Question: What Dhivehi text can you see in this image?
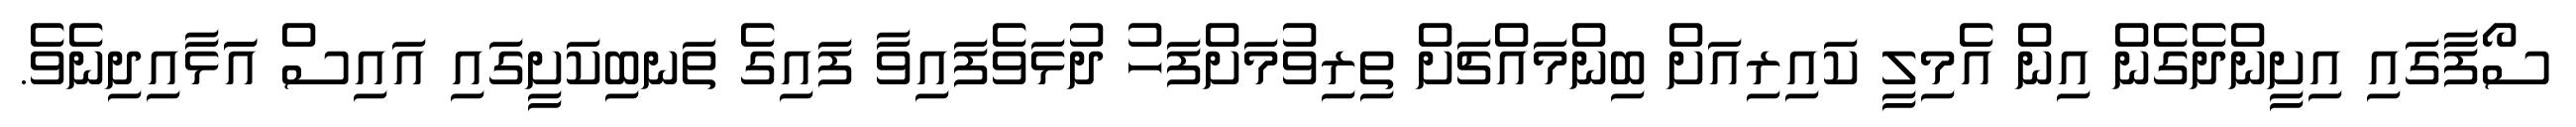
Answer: ސޯފާގައި އިށީންދެގެން އިން އެމިލީ ކައިރިއަށް ބިންމައްޗަށް ތިރިވުމަށްފަހު ދުޅަވެފައިވާ ފައިގެ ތަނބިކަށީގައި އައިސް އަަޅާއިދިނެވެ.